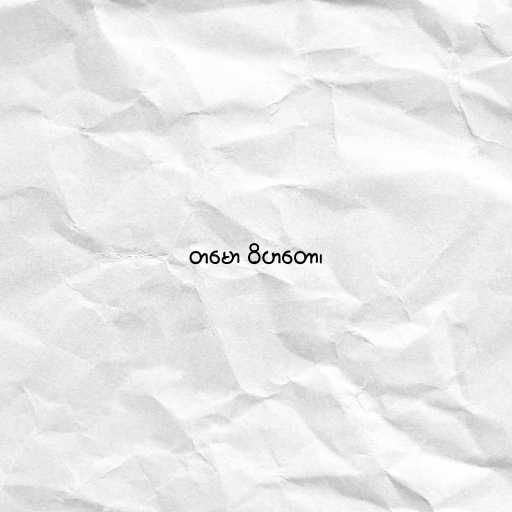
တမော ဝိဟတော၊